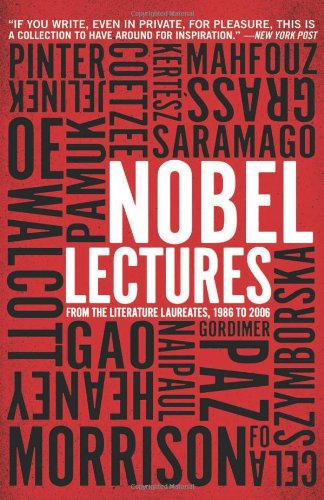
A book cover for Nobel Lectures: From the Literature Laureates, 1986 to 2006; Literature & Fiction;